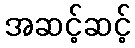
အဆင့်ဆင့်